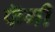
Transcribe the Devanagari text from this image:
फॅगी